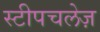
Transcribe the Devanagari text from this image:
स्टीपचलेज़